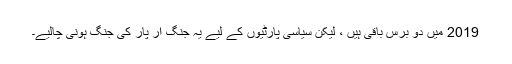
2019 میں دو برس باقی ہیں ، لیکن سیاسی پارٹیوں کے لیے یہ جنگ آر پار کی جنگ ہونی چالیے۔